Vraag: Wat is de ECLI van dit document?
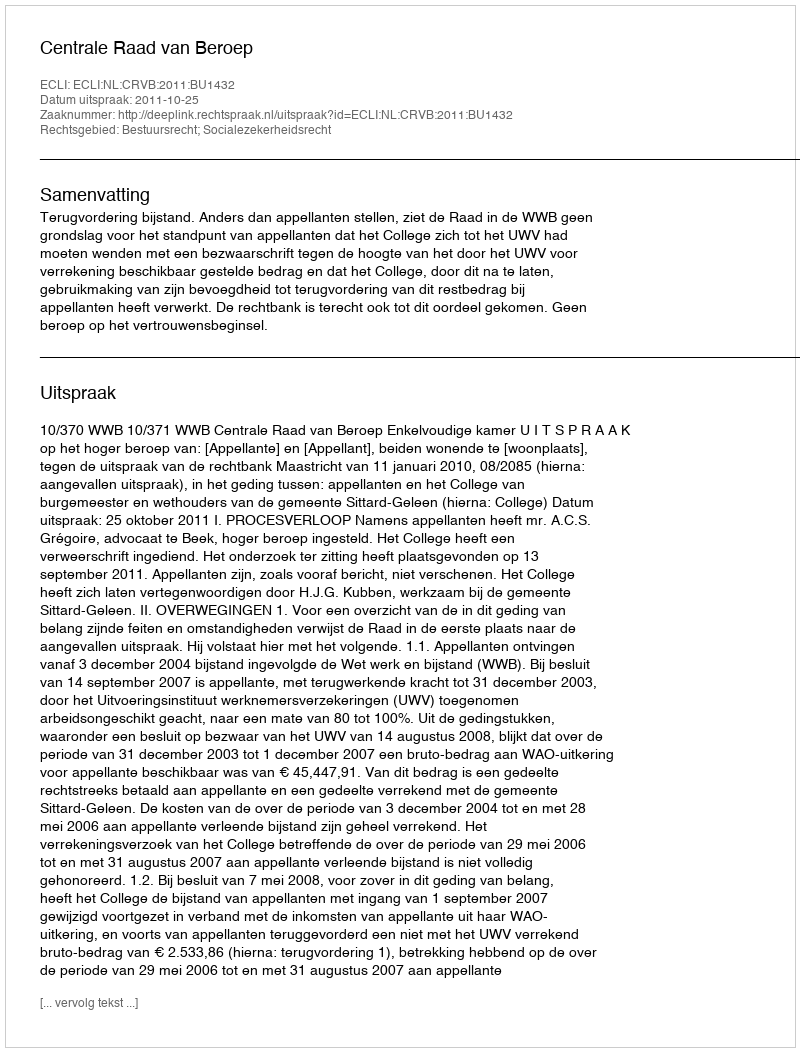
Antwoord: ECLI:NL:CRVB:2011:BU1432